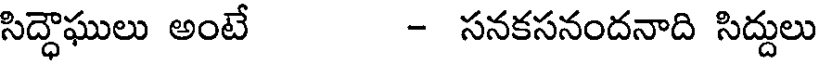
సిద్ధాఘులు అంటే - సనకసనందనాది సిద్దులు